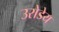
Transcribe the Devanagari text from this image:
उरोडेय